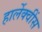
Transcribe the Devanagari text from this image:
हार्लेक्वींस